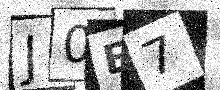
Text: J0E7